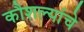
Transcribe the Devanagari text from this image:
कौशल्यांचे